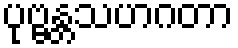
ပုဗ္ဗန္တသဟဂတာ